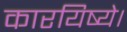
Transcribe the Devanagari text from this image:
कारयिष्ये।